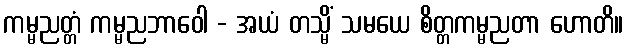
ကမ္မညတ္တံ ကမ္မညဘာဝေါ - အယံ တသ္မိံ သမယေ စိတ္တကမ္မညတာ ဟောတိ။